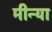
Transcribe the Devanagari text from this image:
मीन्या